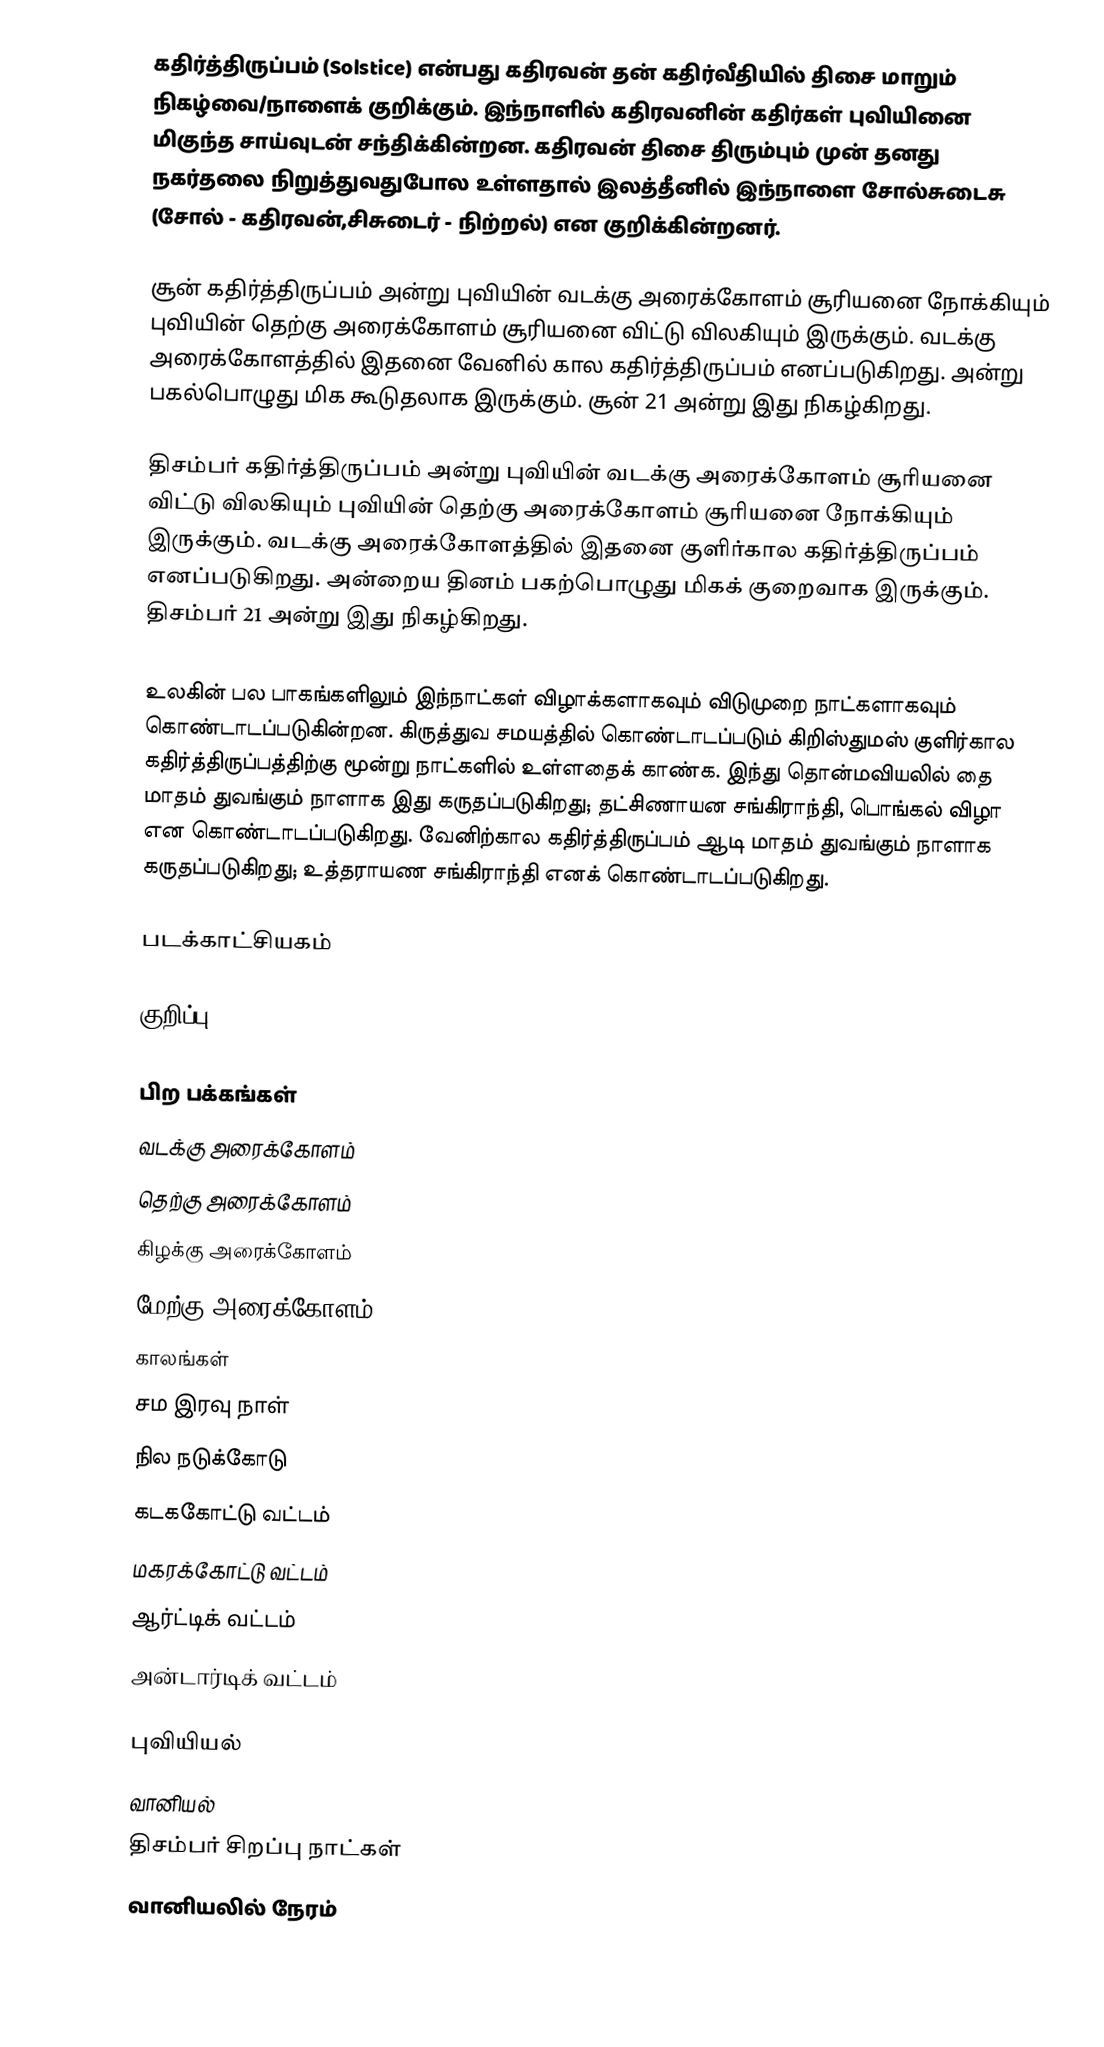
கதிர்த்திருப்பம் (Solstice) என்பது கதிரவன் தன் கதிர்வீதியில் திசை மாறும் நிகழ்வை/நாளைக் குறிக்கும். இந்நாளில் கதிரவனின் கதிர்கள் புவியினை மிகுந்த சாய்வுடன் சந்திக்கின்றன. கதிரவன் திசை திரும்பும் முன் தனது நகர்தலை நிறுத்துவதுபோல உள்ளதால் இலத்தீனில் இந்நாளை சோல்சுடைசு (சோல் - கதிரவன்,சிசுடைர் - நிற்றல்) என குறிக்கின்றனர்.

சூன் கதிர்த்திருப்பம் அன்று புவியின் வடக்கு அரைக்கோளம் சூரியனை நோக்கியும் புவியின் தெற்கு அரைக்கோளம் சூரியனை விட்டு விலகியும் இருக்கும். வடக்கு அரைக்கோளத்தில் இதனை வேனில் கால கதிர்த்திருப்பம் எனப்படுகிறது. அன்று பகல்பொழுது மிக கூடுதலாக இருக்கும். சூன் 21 அன்று இது நிகழ்கிறது.

திசம்பர் கதிர்த்திருப்பம் அன்று புவியின் வடக்கு அரைக்கோளம் சூரியனை விட்டு விலகியும் புவியின் தெற்கு அரைக்கோளம் சூரியனை நோக்கியும் இருக்கும். வடக்கு அரைக்கோளத்தில் இதனை குளிர்கால கதிர்த்திருப்பம் எனப்படுகிறது. அன்றைய தினம் பகற்பொழுது மிகக் குறைவாக இருக்கும். திசம்பர் 21 அன்று இது நிகழ்கிறது.

உலகின் பல பாகங்களிலும் இந்நாட்கள் விழாக்களாகவும் விடுமுறை நாட்களாகவும் கொண்டாடப்படுகின்றன. கிருத்துவ சமயத்தில் கொண்டாடப்படும் கிறிஸ்துமஸ் குளிர்கால கதிர்த்திருப்பத்திற்கு மூன்று நாட்களில் உள்ளதைக் காண்க. இந்து தொன்மவியலில் தை மாதம் துவங்கும் நாளாக இது கருதப்படுகிறது; தட்சிணாயன சங்கிராந்தி, பொங்கல் விழா என கொண்டாடப்படுகிறது. வேனிற்கால கதிர்த்திருப்பம் ஆடி மாதம் துவங்கும் நாளாக கருதப்படுகிறது; உத்தராயண சங்கிராந்தி எனக் கொண்டாடப்படுகிறது.

படக்காட்சியகம்

குறிப்பு

பிற பக்கங்கள்
 வடக்கு அரைக்கோளம்
 தெற்கு அரைக்கோளம்
 கிழக்கு அரைக்கோளம்
 மேற்கு அரைக்கோளம்
 காலங்கள்
 சம இரவு நாள்
 நில நடுக்கோடு
 கடககோட்டு வட்டம்
 மகரக்கோட்டு வட்டம்
 ஆர்ட்டிக் வட்டம்
 அன்டார்டிக் வட்டம்

புவியியல்
வானியல்
திசம்பர் சிறப்பு நாட்கள்
வானியலில் நேரம்